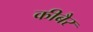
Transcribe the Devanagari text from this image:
कीबैर